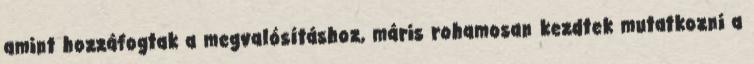
amint hozzáfogtak a megvalósításhoz, máris rohamosan kezdtek mutatkozni a